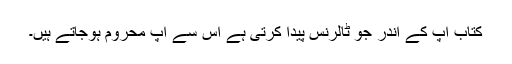
کتاب آپ کے اندر جو ٹالرنس پیدا کرتی ہے اس سے آپ محروم ہوجاتے ہیں۔